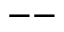
--